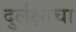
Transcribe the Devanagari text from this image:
दुर्लक्षाचा